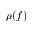
\rho ( f )